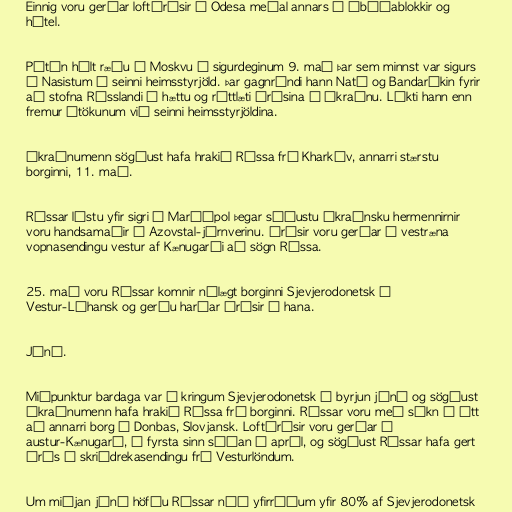
Einnig voru gerðar loftárásir á Odesa meðal annars á íbúðablokkir og
hótel.

Pútín hélt ræðu í Moskvu á sigurdeginum 9. maí þar sem minnst var sigurs
á Nasistum í seinni heimsstyrjöld. Þar gagnrýndi hann Nató og Bandaríkin fyrir
að stofna Rússlandi í hættu og réttlæti árásina á Úkraínu. Líkti hann enn
fremur átökunum við seinni heimsstyrjöldina.

Úkraínumenn sögðust hafa hrakið Rússa frá Kharkív, annarri stærstu
borginni, 11. maí.

Rússar lýstu yfir sigri í Maríúpol þegar síðustu úkraínsku hermennirnir
voru handsamaðir í Azovstal-járnverinu. Árásir voru gerðar á vestræna
vopnasendingu vestur af Kænugarði að sögn Rússa.

25. maí voru Rússar komnir nálægt borginni Sjevjerodonetsk í
Vestur-Lúhansk og gerðu harðar árásir á hana.

Júní.

Miðpunktur bardaga var í kringum Sjevjerodonetsk í byrjun júní og sögðust
Úkraínumenn hafa hrakið Rússa frá borginni. Rússar voru með sókn í átt
að annarri borg í Donbas, Slovjansk. Loftárásir voru gerðar á
austur-Kænugarð, í fyrsta sinn síðan í apríl, og sögðust Rússar hafa gert
árás á skriðdrekasendingu frá Vesturlöndum.

Um miðjan júní höfðu Rússar náð yfirráðum yfir 80% af Sjevjerodonetsk